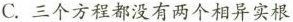
C.三个方程都没有两个相异实根